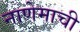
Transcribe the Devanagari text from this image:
नाणेमाची